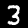
Digit: 3